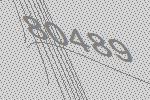
80489